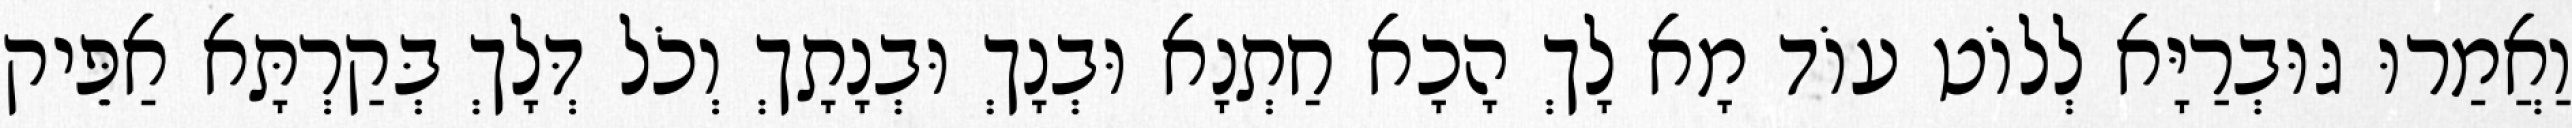
וַאֲמַרוּ גּוּבְרַיָּא לְלוֹט עוֹד מָא לָךְ הָכָא חַתְנָא וּבְנָךְ וּבְנָתָךְ וְכֹל דְּלָךְ בְּקַרְתָּא אַפֵּיק